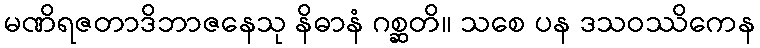
မဏိရဇတာဒိဘာဇနေသု နိဓာနံ ဂစ္ဆတိ။ သစေ ပန ဒသဝဿိကေန